system: You are a helpful assistant.
user:
Analyze the provided spectrum to determine if it is a **"Cataclysmic Variables (CV)"**.

- **Key Indicators for CV (Check for either state):**
    - **State 1: Quiescent / Low-State (Emission-Dominated)**
        - **(Primary):** Strong and *very broad* Hydrogen Balmer emission lines (e.g., $H\alpha$ at 6563 Å, $H\beta$ at 4861 Å). The 'broadness' (high velocity dispersion, often FWHM > 1000 km/s) is the key diagnostic, indicating a high-velocity accretion disk.
        - **(Secondary):** Broad neutral Helium (He I) emission lines (e.g., 5876 Å, 6678 Å).
        - **(Key Confirmation):** Presence of high-excitation *ionized* Helium (He II) emission at 4686 Å. This is a strong indicator of accretion onto a white dwarf.
        - **(Line Profile):** Emission lines may exhibit a 'double-peaked' profile, which is a classic signature of a rotating accretion disk viewed at high inclination.

    - **State 2: Outburst / High-State (Absorption-Dominated)**
        - **(Primary):** Spectrum is dominated by a bright, blue continuum (looks like a hot star).
        - **(Secondary):** The emission lines from State 1 are weak, absent, or 'filled in', and are replaced by broad, shallow *absorption* lines (primarily Balmer and He I).
        - **(Morphology):** The overall spectrum mimics a hot B/A-type star. The crucial difference is that the absorption lines are significantly broader, shallower, and more 'washed-out' (or 'smeared') than the sharp lines of a normal stellar photosphere, due to high rotational speeds and pressure broadening in the disk.

Think first, call **spectral_visualization_tool** if needed to examine features in detail, then provide your final answer. Your response must adhere to the following strict rules:
1.  **Overall Structure:** Your response must follow the format `<think>...</think> <tool_call>...</tool_call> (if a tool is used) <answer>...</answer>`.
2.  **Tool Usage Constraint:** You may only make **one** tool call per turn.
3.  **Final Answer Format:** In the `<answer>` tag, your conclusion must be inside a `\boxed{}` command (e.g., `\boxed{YES}`), followed by your justification.

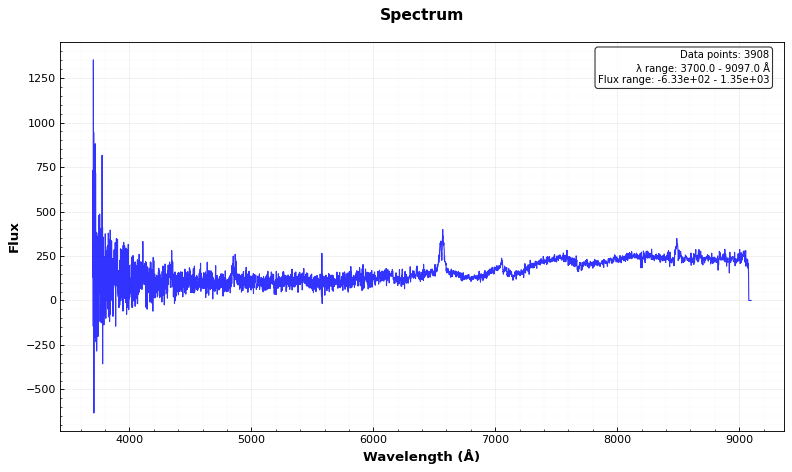
Answer: YES